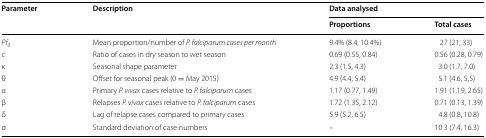
<table><thead><tr><td rowspan="2"><b>Parameter</b></td><td rowspan="2"><b>Description</b></td><td colspan="2"><b>Data analysed</b></td></tr><tr><td><b>Proportions</b></td><td><b>Total cases</b></td></tr></thead><tbody><tr><td><i>Pf</i><sub><i>0</i></sub></td><td>Mean proportion/number of <i>P. falciparum cases per month</i></td><td>9.4% (8.4, 10.4%)</td><td>27 (21, 33)</td></tr><tr><td>c</td><td>Ratio of cases in dry season to wet season</td><td>0.69 (0.55, 0.84)</td><td>0.56 (0.28, 0.79)</td></tr><tr><td>κ</td><td>Seasonal shape parameter</td><td>2.3 (1.5, 4.3)</td><td>3.0 (1.7, 7.0)</td></tr><tr><td>θ</td><td>Offset for seasonal peak (0 = May 2015)</td><td>4.9 (4.4, 5.4)</td><td>5.1 (4.6, 5,5)</td></tr><tr><td>α</td><td>Primary <i>P. vivax</i> cases relative to <i>P. falciparum</i> cases</td><td>1.17 (0.77, 1.49)</td><td>1.91 (1.19, 2.65)</td></tr><tr><td>β</td><td>Relapses <i>P. vivax</i> cases relative to <i>P. falciparum</i> cases</td><td>1.72 (1.35, 2.12)</td><td>0.71 (0.13, 1.39)</td></tr><tr><td>δ</td><td>Lag of relapse cases compared to primary cases</td><td>5.9 (5.2, 6.5)</td><td>4.8 (0.8, 10.8)</td></tr><tr><td>σ</td><td>Standard deviation of case numbers</td><td>–</td><td>10.3 (7.4, 16.3)</td></tr></tbody></table>